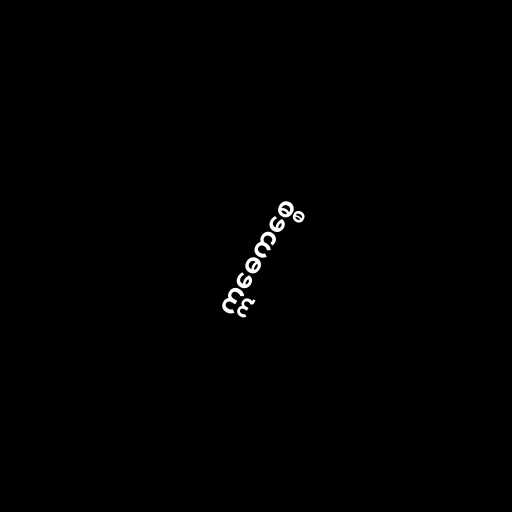
ဣဓေကစ္စေ